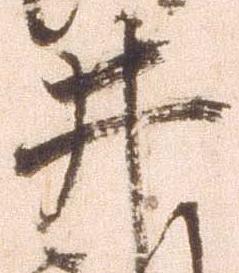
井